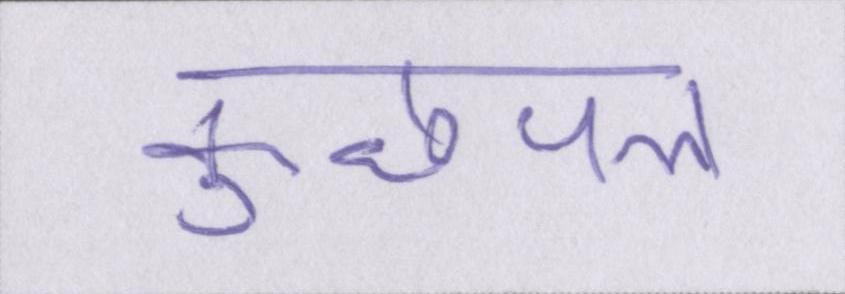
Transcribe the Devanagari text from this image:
कुछपल